Some observations on the morphology and mechanism of the parts in the orthorrapha - Number 58
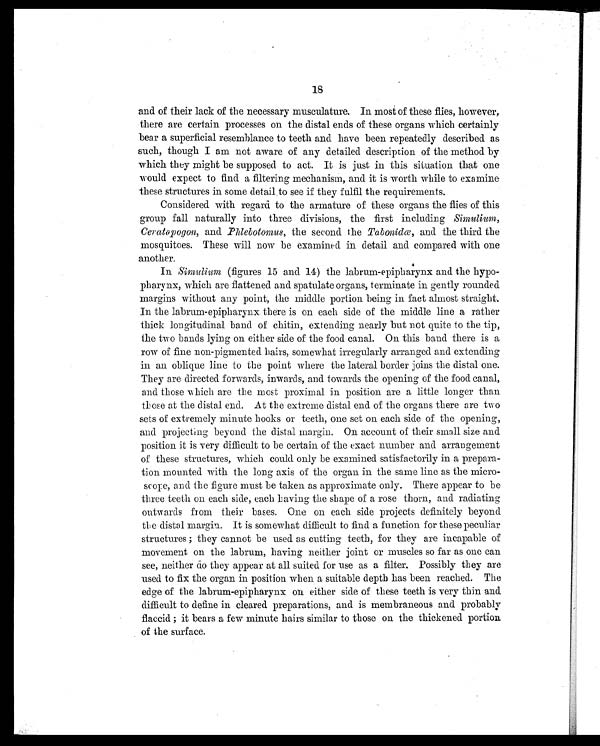
18
and of their lack of the necessary musculature. In most of these flies, however,
there are certain processes on the distal ends of these organs which certainly
bear a superficial resemblance to teeth and have been repeatedly described as
such, though I am not aware of any detailed description of the method by
which they might be supposed to act. It is just in this situation that one
would expect to find a filtering mechanism, and it is worth while to examine
these structures in some detail to see if they fulfil the requirements.
Considered with regard to the armature of these organs the flies of this
group fall naturally into three divisions, the first including Simulium,
Ceratapogon, and P hlebotomus, the second the Tabonidæ, and the third the
mosquitoes. These will now be examined in detail and compared with one
another.
In Simulium (figures 15 and 14) the labrum-epipharynx and the hypo-
pharynx, which are flattened and spatulate organs, terminate in gently rounded
margins without any point, the middle portion being in fact almost straight.
In the labrum-epipharynx there is on each side of the middle line a rather
thick longitudinal band of chitin, extending nearly but not quite to the tip,
the two bands lying on either side of the food canal. On this baud there is a
row of fine non-pigmented hairs, somewhat irregularly arranged and extending
in an oblique line to the point where the lateral border joins the distal one.
They are directed forwards, inwards, and towards the opening of the food canal,
and those which are the most proximal in position are a little longer than
those at the distal end. At the extreme distal end of the organs there are two
sets of extremely minute hooks or teeth, one set on each side of the opening,
and projecting beyond the distal margin. On account of their small size and.
position it is very difficult to be certain of the exact number and arrangement
of these structures, which could only be examined satisfactorily in a prepara-
tion mounted with the long axis of the organ in the same line as the micro-
score, and the figure must be taken as approximate only. There appear to be
three teeth on each side, each having the shape of a rose thorn, and radiating
outwards from their bases. One on each side projects definitely beyond
the distal margin. It is somewhat difficult to find a function for these peculiar
structures ; they cannot be used as cutting teeth, for they are incapable of
movement on the labrum, having neither joint or muscles so far as one can
see, neither do they appear at all suited for use as a filter. Possibly they are
used to fix the organ in position when a suitable depth has been reached. The
edge of the labrum-epipharynx on either side of these teeth is very thin and
difficult to define in cleared preparations, and is membraneous and probably
flaccid ; it bears a few minute hairs similar to those on the thickened portion
of the surface.